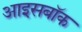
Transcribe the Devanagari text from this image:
आइसबॉक